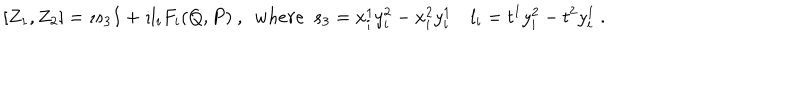
[ Z _ { 1 } , Z _ { 2 } ] = \imath s _ { 3 } I + \imath l _ { i } F _ { i } ( Q , P ) \ , \ \ w h e r e \ \ s _ { 3 } = x _ { i } ^ { 1 } y _ { i } ^ { 2 } - x _ { i } ^ { 2 } y _ { i } ^ { 1 } \quad l _ { i } = t ^ { 1 } y _ { i } ^ { 2 } - t ^ { 2 } y _ { i } ^ { 1 } \ .